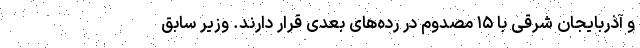
و آذربایجان شرقی با ۱۵ مصدوم در رده‌های بعدی قرار دارند. وزیر سابق